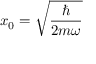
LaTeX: x _ { 0 } = { \sqrt { \frac { \hbar } { 2 m \omega } } }